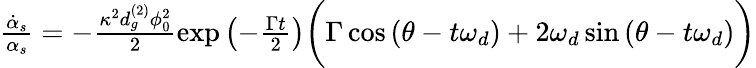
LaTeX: \begin{array}{r}{\frac{\dot{\alpha}_{s}}{\alpha_{s}}=-\frac{\kappa^{2}d_{g}^{(2)}\phi_{0}^{2}}{2}\exp{\left(-\frac{\Gamma t}{2}\right)}\bigg(\Gamma\cos\left(\theta-t\omega_{d}\right)+2\omega_{d}\sin\left(\theta-t\omega_{d}\right)\bigg)}\end{array}